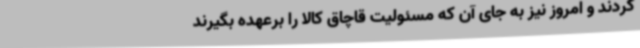
کردند و امروز نیز به جای آن که مسئولیت قاچاق کالا را برعهده بگیرند